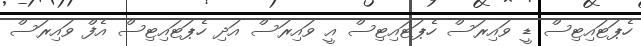
ހެޕަޓައިޓިސް ޑީ ވައިރަސް ހެޕަޓައިޓިސް އީ ވައިރަސް އަދި ހެޕަޓައިޓިސް އެފް ވައިރަސް